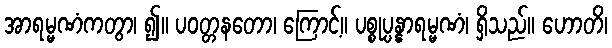
အာရမ္မဏံကတွာ၊ ၍။ ပဝတ္တနတော၊ ကြောင့်။ ပစ္စုပ္ပန္နာရမ္မဏံ၊ ရှိသည်။ ဟောတိ၊